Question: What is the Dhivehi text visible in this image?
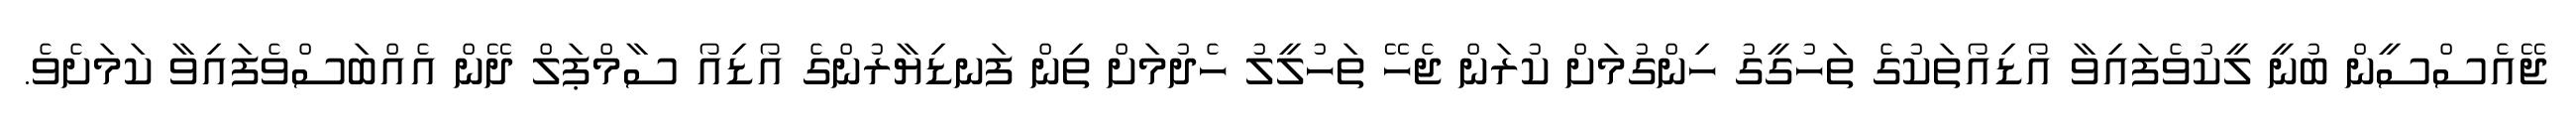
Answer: ޖޭއެސްސީން ބުނީ ލީކުވެފައިވާ އޯޑިއޯތަކުގެ ތަހުގީގު ހިންގުމަށް ކުރަން ޖެހޭ ތަހުލީލު ހެދުމަށް ތިން ފަނޑިޔާރުންގެ އޯޑިއޯ ސާމްޕަލް ދޭން އެއްބަސްވެފައިވާ ކަމަށެވެ.